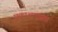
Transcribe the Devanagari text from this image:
प्रकाशनासह